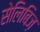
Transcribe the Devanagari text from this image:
सेलिबिज़